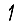
Digit: 1